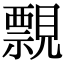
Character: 𧢄